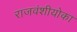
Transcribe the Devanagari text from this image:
राजवंशीयोका